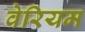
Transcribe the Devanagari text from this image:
वेरियम